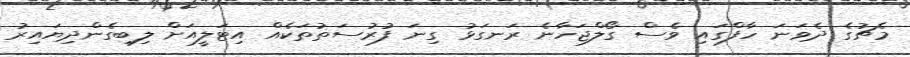
މެޗުގެ ދެވަނަ ހާފްގައި ވެސް ގޯލްޖަހާނެ ރަނގަޅު ގިނަ ފުރުސަތުތަކެއް އިޓަލީއަށް ލިބިގެންދިޔައިރު